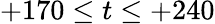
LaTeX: +170\leq t\leq+240